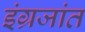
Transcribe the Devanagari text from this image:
इंग्रजांत